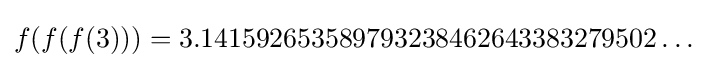
f(f(f(3)))=3.141592653589793238462643383279502\ldots